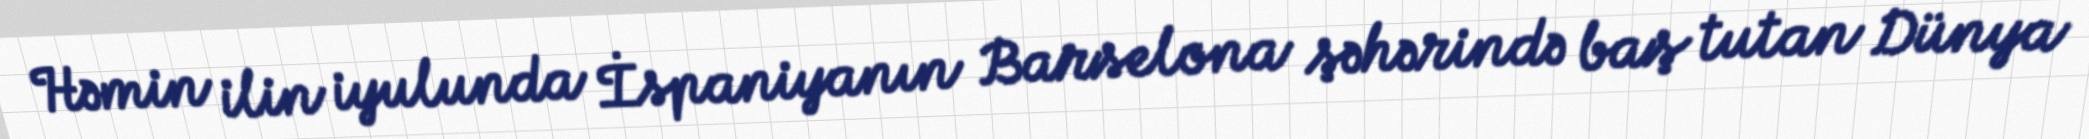
Həmin ilin iyulunda İspaniyanın Barselona şəhərində baş tutan Dünya